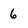
Character: 6